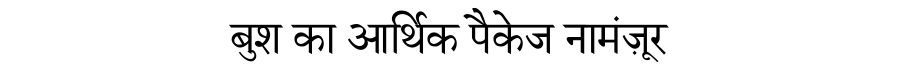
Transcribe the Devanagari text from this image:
बुश का आर्थिक पैकेज नामंज़ूर